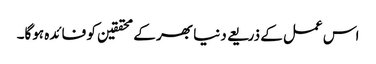
اس عمل کے ذریعے دنیا بھر کے محققین کو فائدہ ہوگا۔